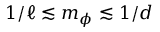
1 / \ell \lesssim m _ { \phi } \lesssim 1 / d